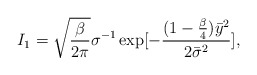
\begin{align*}I_1=\sqrt{\frac{\beta}{2\pi}}\sigma^{-1}\exp[-\frac{(1-\frac{\beta}{4}){\bar y}^2}{2{\bar\sigma}^2}],\end{align*}